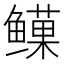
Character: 𬶯